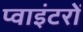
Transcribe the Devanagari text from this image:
प्वाइंटरों